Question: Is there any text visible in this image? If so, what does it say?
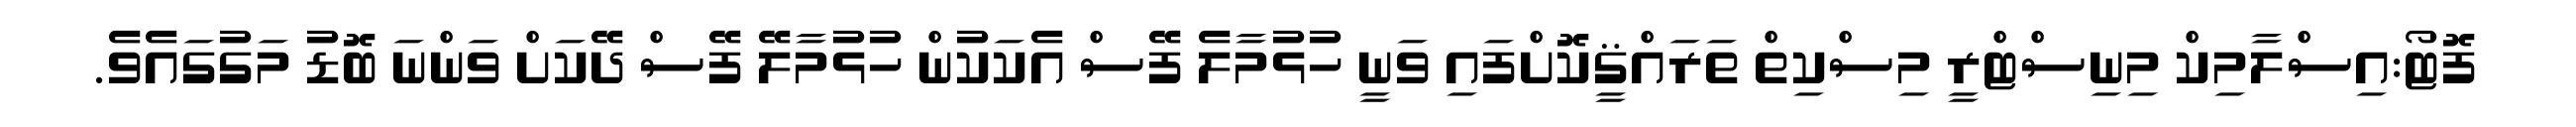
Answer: ފޮޓޯ:އިސްލާމިކް މިނިސްޓްރީ މިސްކިތް ތަރައްޤީކޮށްފައި ވަނީ ހުޅުމާލެ ފޭސް އެކަކުން ހުޅުމާލޭ ފޭސް ދޭކަށް ވަންނަ ބޮޑު މަގުގައެވެ.